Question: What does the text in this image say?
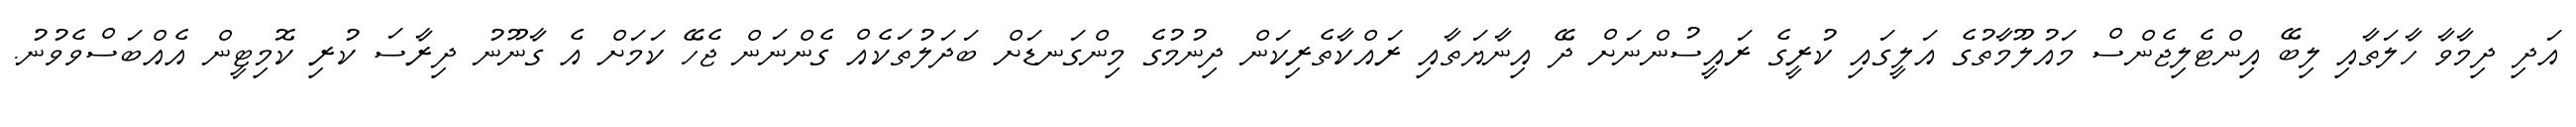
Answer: އަދި ދިމާވާ ހާލަތާއި ލިބޭ އިންޓެލިޖެންސް މައުލޫމާތުގެ އަލީގައި ކުރީގެ ރައީސުންނަށް ދޭ އިނާޔަތާއި ރައްކާތެރިކަން ދިނުމުގެ މިންގަނޑަށް ބަދަލުތަކެއް ގެންނަން ޖެހޭ ކަމަށް އެ ގާނޫނު ދިރާސަ ކުރި ކޮމިޓީން އެއްބަސްވެވުނު.